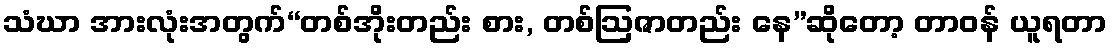
သံဃာ အားလုံးအတွက်“တစ်အိုးတည်း စား, တစ်ဩဇာတည်း နေ”ဆိုတော့ တာဝန် ယူရတာ